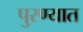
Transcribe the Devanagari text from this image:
पुरण्यात